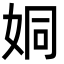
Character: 姛